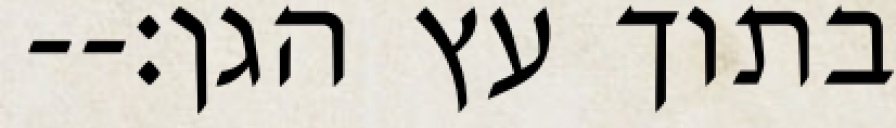
בתוך עץ הגן׃--